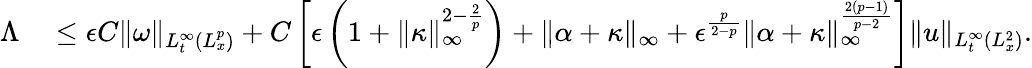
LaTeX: \begin{array}{rl}{\Lambda}&{{}\leq\epsilon C\| \omega\| _{L_{t}^{\infty}(L_{x}^{p})}+C\left[\epsilon\left(1+\| \kappa\| _{\infty}^{2-\frac{2}{p}}\right)+\| \alpha+\kappa\| _{\infty}+\epsilon^{\frac{p}{2-p}}\| \alpha+\kappa\| _{\infty}^{\frac{2(p-1)}{p-2}}\right]\| u\| _{L_{t}^{\infty}(L_{x}^{2})}.}\end{array}